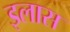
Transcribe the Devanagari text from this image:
इलास